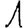
Digit: 1